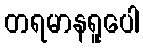
တရမာနရူပေါ